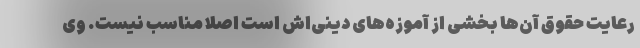
رعایت حقوق آن‌ها بخشی از آموزه‌های دینی‌اش است اصلا مناسب نیست. وی